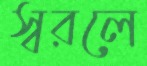
স্বরলে